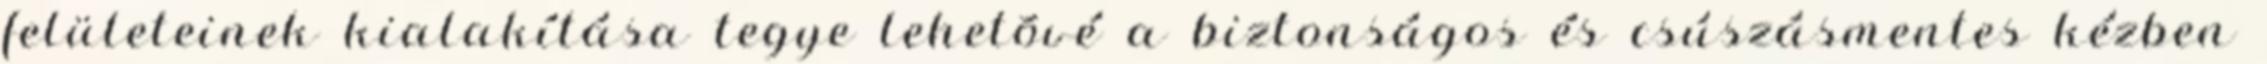
felületeinek kialakítása tegye lehetõvé a biztonságos és csúszásmentes kézben